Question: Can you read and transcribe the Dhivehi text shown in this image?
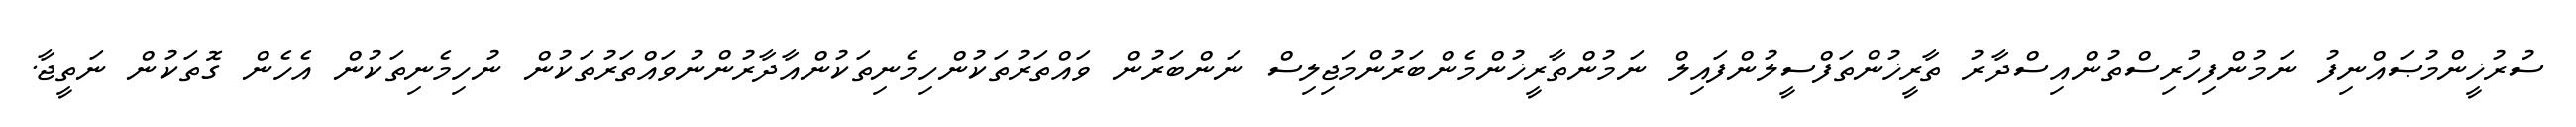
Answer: ސުރުޚީންމުޞައްނިފު ނަމުންފިހުރިސްތުންއިސްދާރު ތާރީޚުންތަފްސީލުންފައިލް ނަމުންތާރީޚުންމެންބަރުންމަޖިލިސް ނަންބަރުން ވައްތަރުތަކުންހިމެނިތަކުންއާދާރުންނުވައްތަރުތަކުން ނުހިމެނިތަކުން އެހެން ގޮތަކުން ނަތީޖާ.